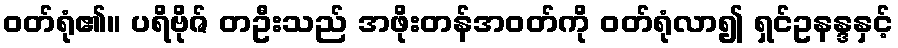
ဝတ်ရုံ၏။ ပရိဗိုဇ် တဦးသည် အဖိုးတန်အဝတ်ကို ဝတ်ရုံလာ၍ ရှင်ဥနန္ဒနှင့်